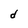
Character: d